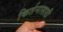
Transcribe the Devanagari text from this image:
किर्तनासाठी